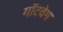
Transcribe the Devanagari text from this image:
गॉटवेग